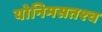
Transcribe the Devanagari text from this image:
योनिमसतश्च